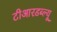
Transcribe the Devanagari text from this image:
टीआरडब्ल्यू